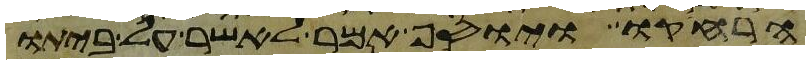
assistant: הרחיקו ויוסף אמר לאשר על ביתו